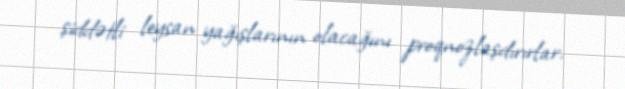
şiddətli leysan yağışlarının olacağını proqnozlaşdırırlar.